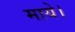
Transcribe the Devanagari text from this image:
माये।